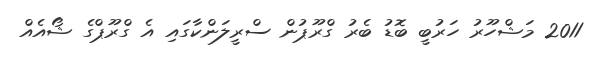
2011 މަޝްހޫރު ހަރުބީ ބޮޑު ބެރު ގްރޫޕުން ސްރީލަންކާގައި އެ ގްރޫޕްގެ ޝޯއެއް